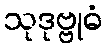
သုဒုဗ္ဗုဓံ